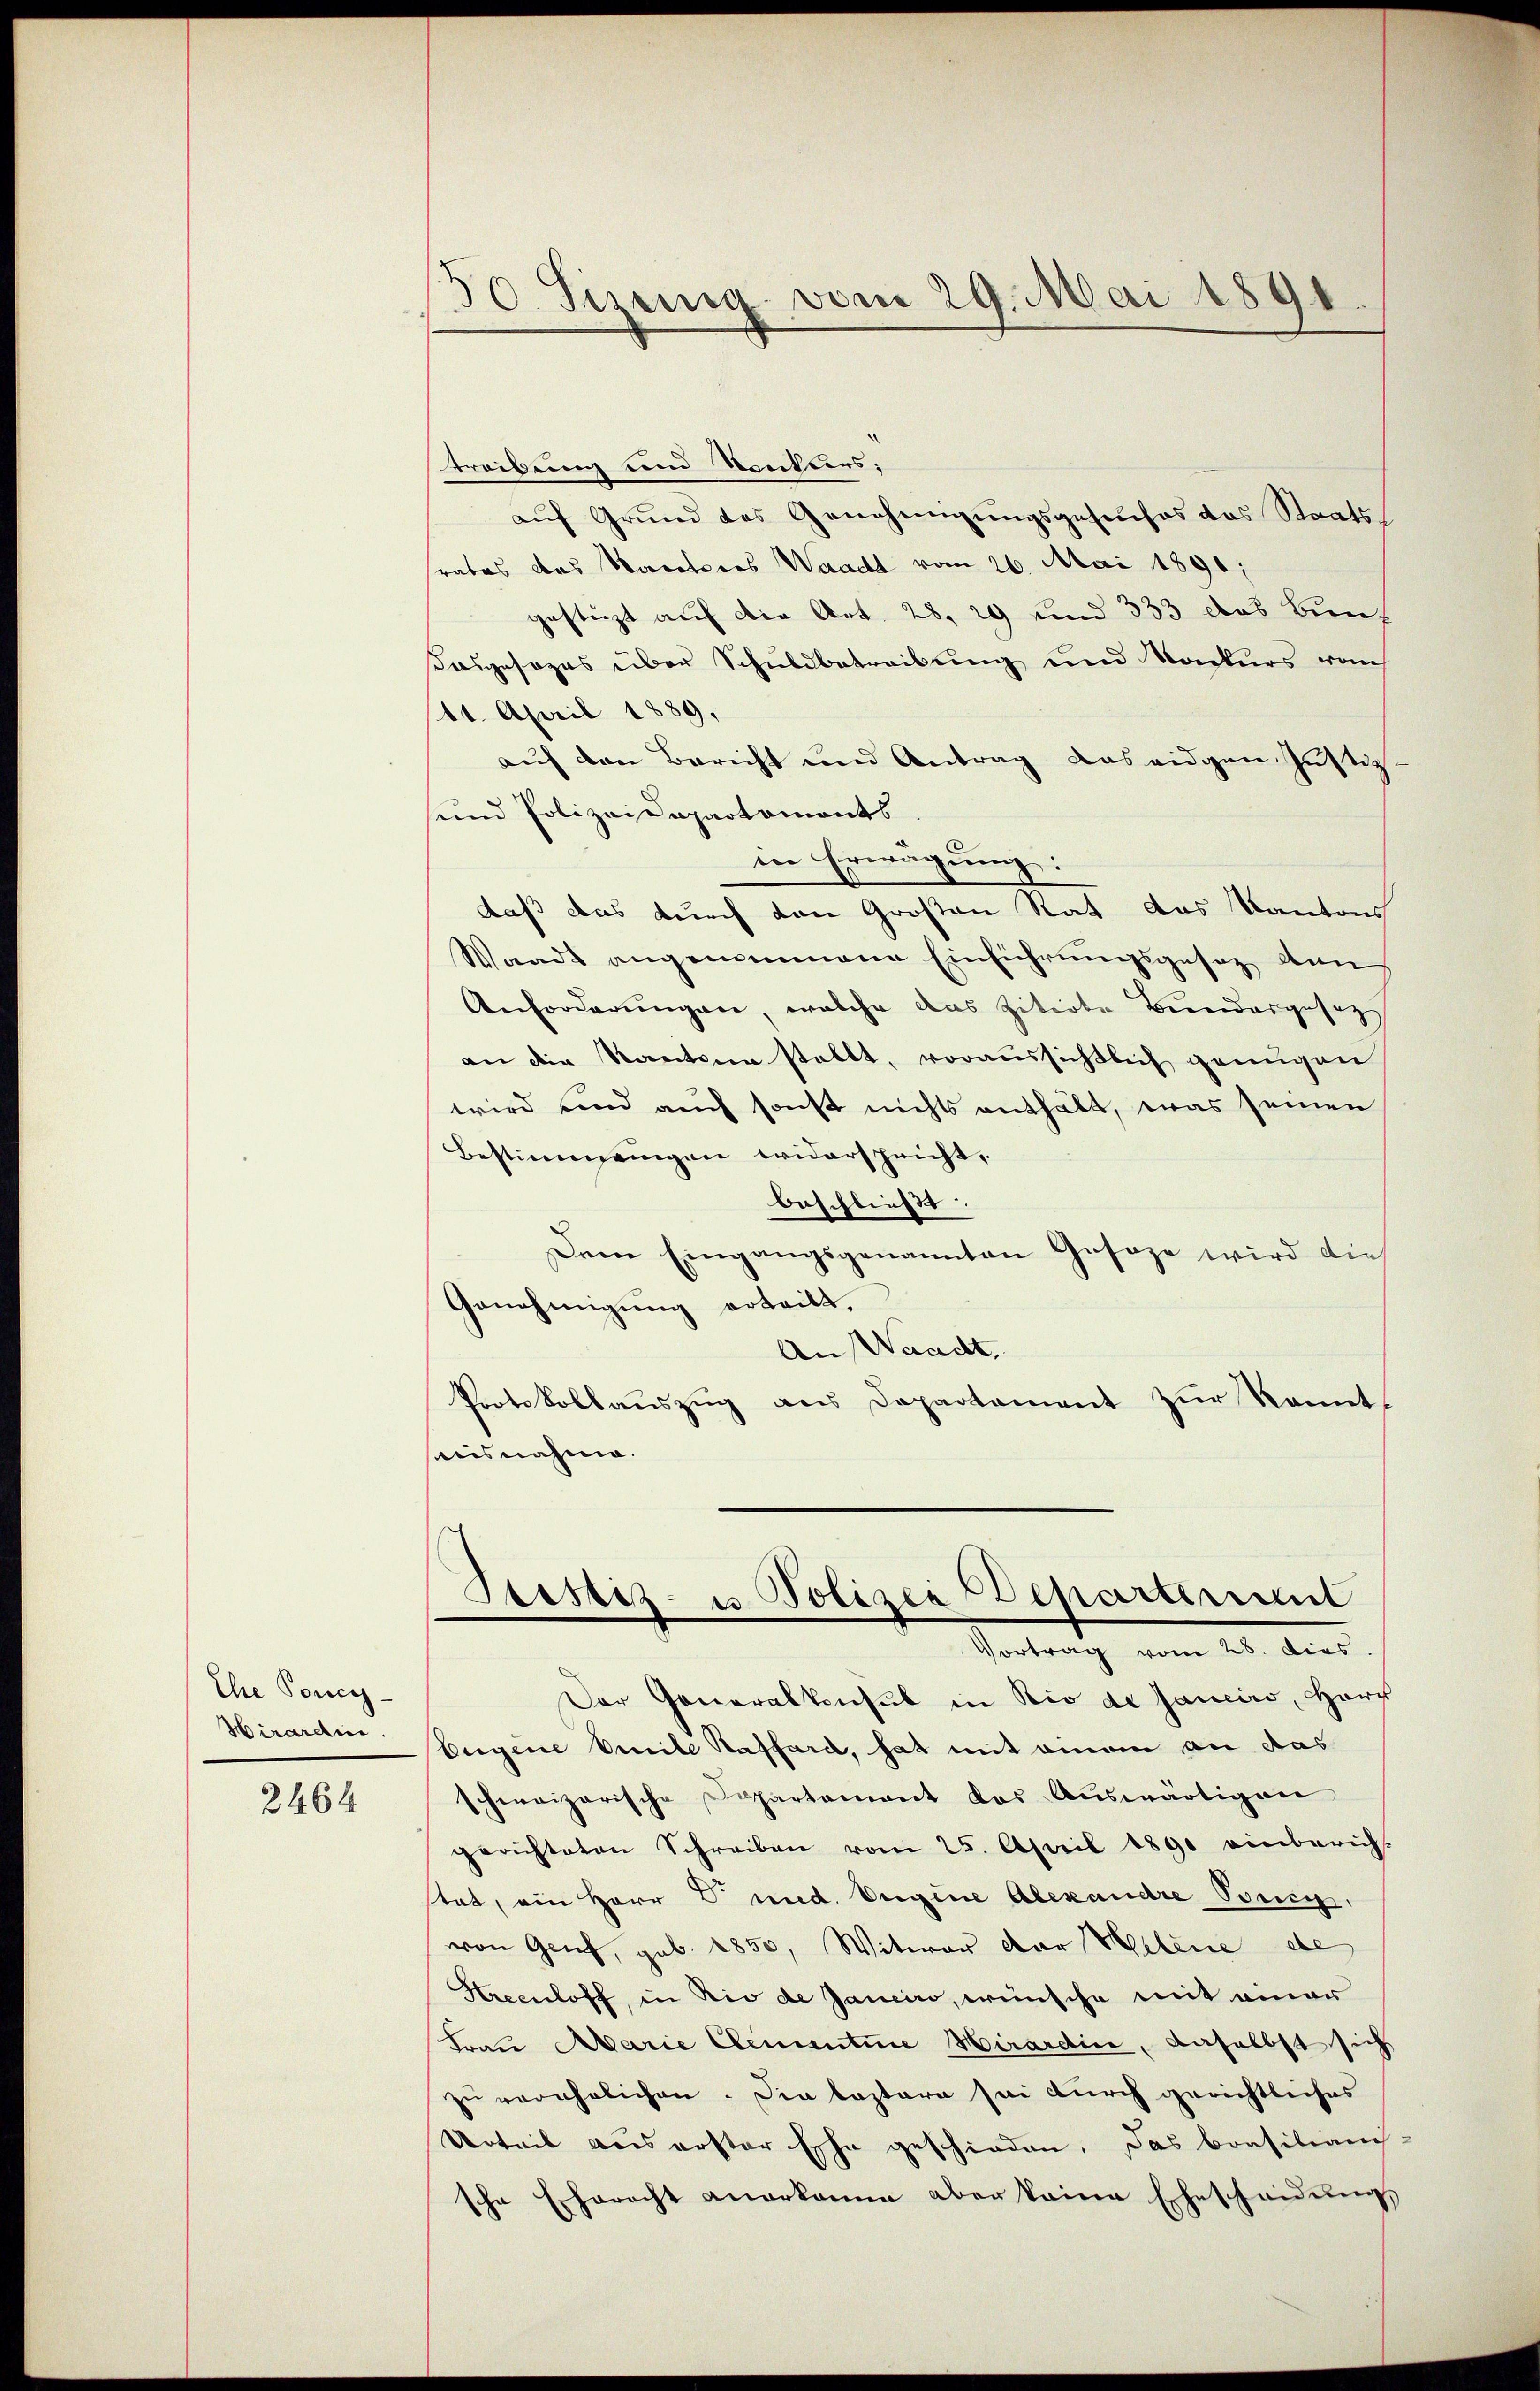
Ihe Poncy
Hirardine.

2464

50. Sizenig vom 29. Mai 1891

treibung den Konters:
aŭf Grŭnd des Genehmigŭngsgesuches das Staats-
srates des Kantores Waadt vom 26. Mai 1891;
gestüzt auf die Art. 28. 29 und 333 das Bunz
Kasgesezes über Schuldbetreibung und Konkurs vom
114. April 1889.
auf den Bericht und Antrag das eidgen. Justiz
sund Polizeidepartaments
in Erwägung:
daß das durch von Großen Rat das Kantons
Waadt angenommene Einführungsgesetz lan
Anforderungen, welche das zitirte Bundergesag
an die Kantonen stellt, voraussichtlich genügen
wird und auch sonst nichts enthält, was seinen
Bestimmungen widerspricht,
beschließ
Dame Eingangsgenannten Gesage wird die
Genehmigung erteilt.
An Waadt,
Protokollauszug aus Departement zur Kenntausnahme.

Stettiz- u Polizei Departement
Vortrag vom 28. Dies

Der Generalkonsul in Rio de Janeiro, Herr
Eigene Emile Staffard, hat mit einem an das
schweizerische Departement das Auswärtigen
gerichteten Schreiben vom 25. April 1890 einberich-
stat, ein Herr V und. Vigine Alexandre Bonig,
von Genf, geb. 1850, Witwer der Petene de
Hrecnloff, in Rio de Janein, wünsche mit einer
Frau Marie Clementine Hirardin, daselbst sich
zu verehelichen. Die lastern sei durch gerichtliches
Urteil aus erster Esche geschieden. Das Brasilianch-
sche Eherecht anerkanne aber keine Ehescheidungs